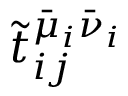
\tilde { t } _ { i j } ^ { \bar { \mu } _ { i } \bar { \nu } _ { i } }